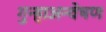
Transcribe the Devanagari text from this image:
गुन्हाअन्वेषण